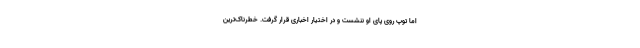
اما توپ روی پای او ننشست و در اختیار اخباری قرار گرفت. خطرناک‌ترین